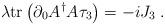
LaTeX: \begin{align*}\lambda\mathrm{tr}\left( \partial_{0}A^{\dag}A\tau_{3}\right) =-iJ_{3}\;.\end{align*}